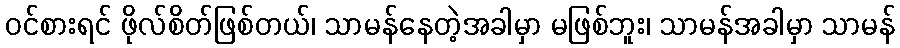
ဝင်စားရင် ဖိုလ်စိတ်ဖြစ်တယ်၊ သာမန်နေတဲ့အခါမှာ မဖြစ်ဘူး၊ သာမန်အခါမှာ သာမန်